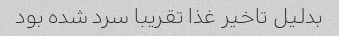
بدلیل تاخیر غذا تقریبا سرد شده بود